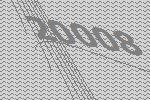
20008